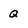
Character: Q